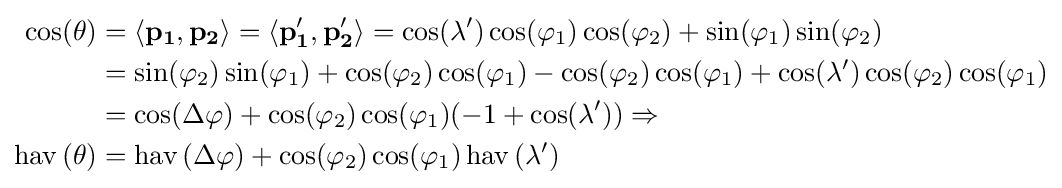
{\begin{aligned}\cos(\theta )&=\langle {\bf {p_{1}}},{\bf {p_{2}}}\rangle =\langle {\bf {p_{1}'}},{\bf {p_{2}'}}\rangle =\cos(\lambda ')\cos(\varphi _{1})\cos(\varphi _{2})+\sin(\varphi _{1})\sin(\varphi _{2})\\&=\sin(\varphi _{2})\sin(\varphi _{1})+\cos(\varphi _{2})\cos(\varphi _{1})-\cos(\varphi _{2})\cos(\varphi _{1})+\cos(\lambda ')\cos(\varphi _{2})\cos(\varphi _{1})\\&=\cos(\Delta \varphi )+\cos(\varphi _{2})\cos(\varphi _{1})(-1+\cos(\lambda '))\Rightarrow \\\operatorname {hav} \left(\theta \right)&=\operatorname {hav} \left(\Delta \varphi \right)+\cos(\varphi _{2})\cos(\varphi _{1})\operatorname {hav} \left(\lambda '\right)\end{aligned}}